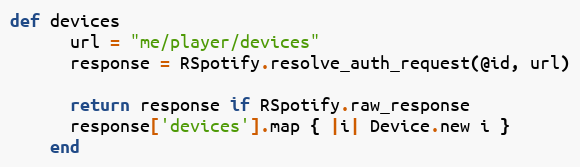
Language: Ruby
def devices
      url = "me/player/devices"
      response = RSpotify.resolve_auth_request(@id, url)

      return response if RSpotify.raw_response
      response['devices'].map { |i| Device.new i }
    end